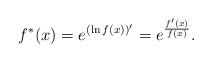
LaTeX: \begin{align*} f^*(x)=e^{(\ln f(x))'}=e^{\frac{f'(x)}{f(x)}}. \end{align*}